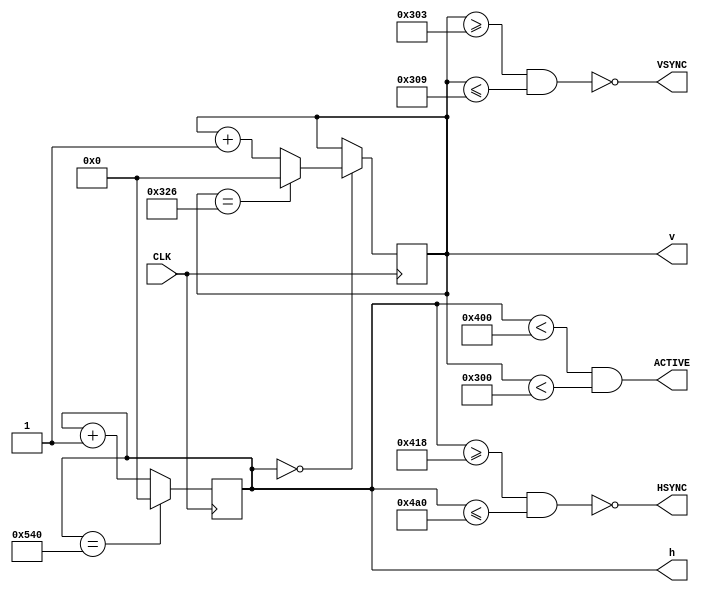
// This program was cloned from: https://github.com/sam210723/fpga
// License: MIT License

module sync(
    input               CLK,        // Pixel clock
    output              HSYNC,      // Horizontal sync pulse
    output              VSYNC,      // Vertical sync pulse
    output              ACTIVE,     // Active picture flag
    output reg [12:0]   h,          // Current horizontal position
    output reg [12:0]   v           // Current vertical position
);

    // 576p SD Timing Parameters
    localparam H_ACTIVE = 1024;
    localparam H_FPORCH = 24;
    localparam H_SYNC_S = 1048;
    localparam H_SYNC_L = 136;
    localparam H_SYNC_E = 1184;
    localparam H_BPORCH = 160;
    localparam H_TOTAL  = 1344;
    localparam V_ACTIVE = 768;
    localparam V_FPORCH = 3;
    localparam V_SYNC_S = 771;
    localparam V_SYNC_L = 6;
    localparam V_SYNC_E = 777;
    localparam V_BPORCH = 29;
    localparam V_TOTAL  = 806;
    localparam PIX_FREQ = 65e6;

    // Update pixel position
    always @(posedge CLK) begin
        // Increment horizontal position
        // or reset if at last column in frame
        h <= h == H_TOTAL ? 0 : h + 1;

        // Increment vertical position after horizontal position reset
        // or reset if at last row in frame
        v = h == 0 ? (
            v == V_TOTAL ? 0 : v + 1
        ) : v;
    end


    // Generate horizontal and vertical sync pulses
    assign HSYNC  = ~( h >= H_SYNC_S && h <= H_SYNC_E );
    assign VSYNC  = ~( v >= V_SYNC_S && v <= V_SYNC_E );
    assign ACTIVE = h < H_ACTIVE && v < V_ACTIVE;

endmodule